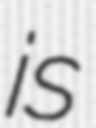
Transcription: is